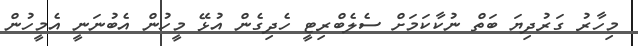
މިހާރު ގަރުދިޔަ ބަތް ނުކާކަމަށް ސެލެބްރިޓީ ހެދިގެން އުޅޭ މީހުން އެބުނަނީ އެމީހުން